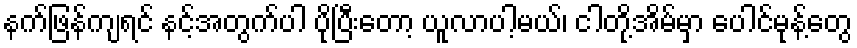
နက်ဖြန်ကျရင် နင့်အတွက်ပါ ပိုပြီးတော့ ယူလာပါ့မယ်၊ ငါတို့အိမ်မှာ ပေါင်မုန့်တွေ